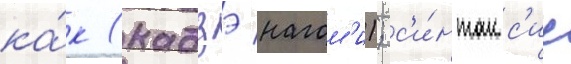
ка́к (кадзэ нагом'и); с'и́нтакс'ис